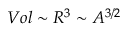
V o l \sim R ^ { 3 } \sim A ^ { 3 / 2 }